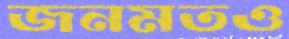
জনমতও